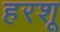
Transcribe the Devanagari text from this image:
हरशू